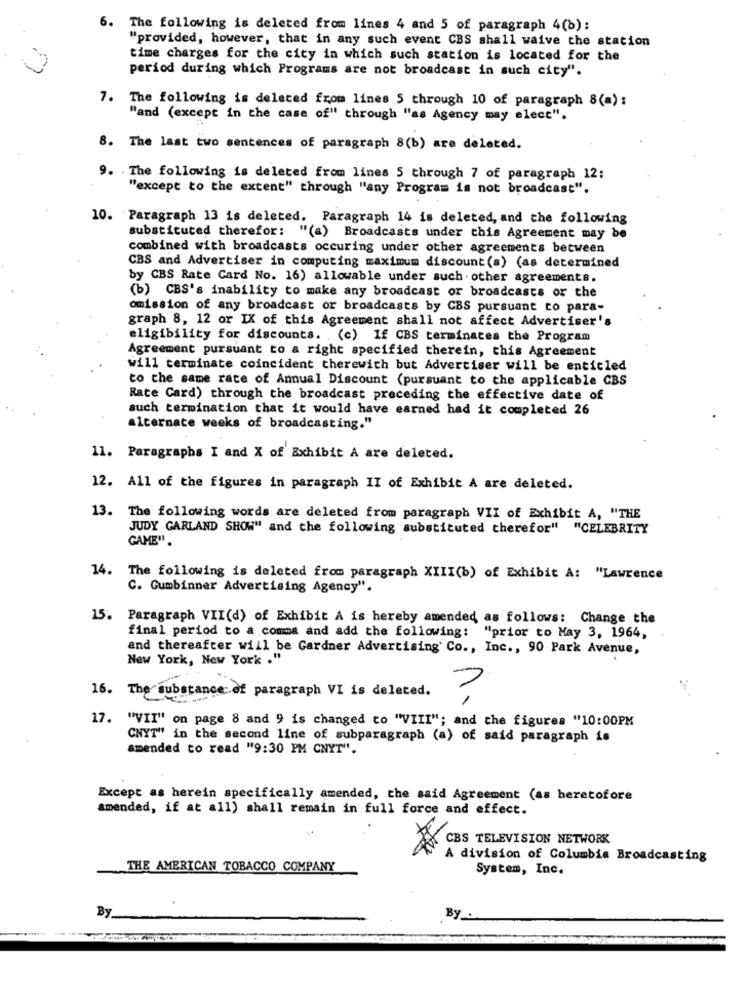
6. The following is deleted from lines 4 and 5 of paragraph 4(b):
"provided, however, that in any such event CBS shall waive the station
time charges for the city in which such station is located for the
period during which Programs are not broadcast in such city".
7. The following is deleted from lines 5 through 10 of paragraph 8(a) :
"and (except in the case of" through "as Agency may elect".
8. The last two sentences of paragraph 8(b) are deleted.
9. The following is deleted from lines 5 through 7 of paragraph 12:
"except to the extent" through "any Program is not broadcast".
10. Paragraph 13 is deleted. Paragraph 14 is deleted, and the following
substituted therefor: "(a) Broadcasts under this Agreement may be
combined with broadcasts occuring under other agreements between
CBS and Advertiser in computing maximum discount(a) (as determined
by CBS Rate Card No. 16) allowable under such . other agreements.
(b) CBS's inability to make any broadcast or broadcasts or the
omission of any broadcast or broadcasts by CBS pursuant to para-
graph 8, 12 or IX of this Agreement shall not affect Advertiser's
eligibility for discounts. (c) If CBS terminates the Program
Agreement pursuant to a right specified therein, this Agreement
will terminate coincident therewith but Advertiser will be entitled
to the same rate of Annual Discount (pursuant to the applicable CBS
Rate Card) through the broadcast preceding the effective date of
such termination that it would have earned had it completed 26
alternate weeks of broadcasting."
11. Paragraphs I and X of Exhibit A are deleted.
12. All of the figures in paragraph II of Exhibit A are deleted.
13. The following words are deleted from paragraph VII of Exhibit A, "THE
JUDY GARLAND SHOW" and the following substituted therefor" "CELEBRITY
GAME".
14. The following is deleted from paragraph XIII(b) of Exhibit A: "Lawrence
C. Gumbinner Advertising Agency".
15.
Paragraph VII(d) of Exhibit A is hereby amended as follows: Change the
final period to a comma and add the following: "prior to May 3, 1964,
and thereafter will be Gardner Advertising Co ., Inc ., 90 Park Avenue,
New York, New York ."
16. The substance:
Substance :. of paragraph VI is deleted.
7
17. "VII" on page 8 and 9 is changed to "VIII"; and the figures "10:00PM
CNYT" in the second line of subparagraph (a) of said paragraph is
amended to read "9:30 PM CNYT".
Except as herein specifically amended, the said Agreement (as heretofore
amended, if at all) shall remain in full force and effect.
CBS TELEVISION NETWORK
A division of Columbia Broadcasting
THE AMERICAN TOBACCO COMPANY
System, Inc.
By
By .